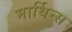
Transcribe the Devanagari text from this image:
मार्थिन्स